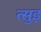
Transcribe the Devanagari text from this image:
त्सुइ